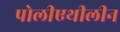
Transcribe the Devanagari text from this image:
पोलीएथीलीन